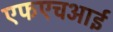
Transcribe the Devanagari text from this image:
एफएचआई